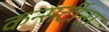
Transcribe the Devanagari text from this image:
कन्सर्टीना